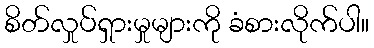
စိတ်လှုပ်ရှားမှုများကို ခံစားလိုက်ပါ။